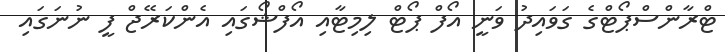
ޓްރާންސްޕޯޓްގެ ގަވައިދު ވަނީ އޯފް ޕޯޓް ލިމިޓާއި އޯފްޝޯގައި އެންކަރޭޖް ފީ ނުނަގައި